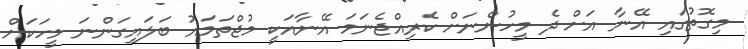
މިގޮތުގައި އޭނާ އަށް ދެ މީހުންނަށް ކެރިއްޖެނަމަ އޭނާއަކީ މުޖްތަމައު ބަލައިގަންނަ މީހަކަށް